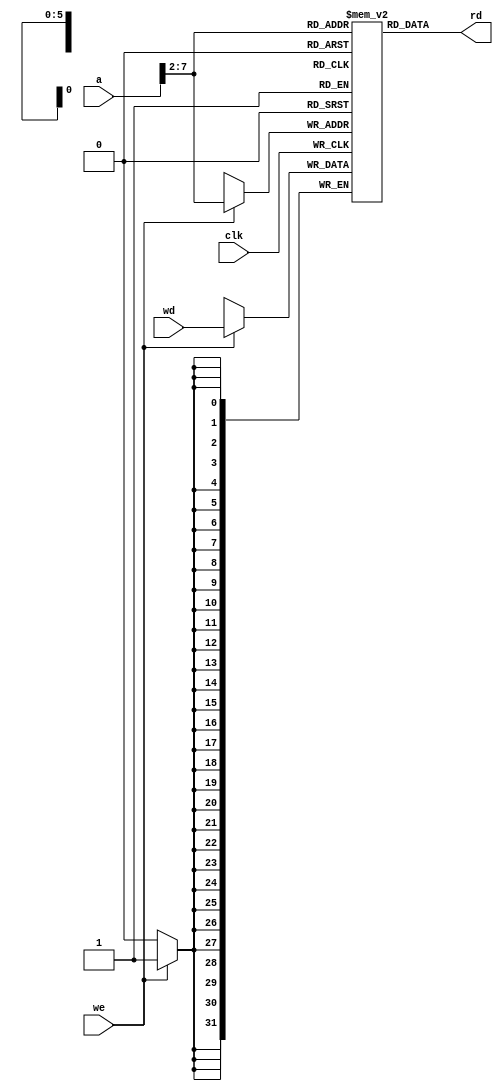
`timescale 1ns / 1ps
//////////////////////////////////////////////////////////////////////////////////
// Company: 
// Engineer: 
// 
// Design Name: 
// Module Name: datamem
// Project Name: 
// Target Devices: 
// Tool Versions: 
// Description: 
// 
// Dependencies: 
// 
// Revision:
// Revision 0.01 - File Created
// Additional Comments:
// 
//////////////////////////////////////////////////////////////////////////////////


module datamem(
    input clk, we,
    input [31:0] a, wd,
    output [31:0] rd
    );
    
reg [31:0] RAM[63:0];
assign rd = RAM[a[31:2]];

always @ (posedge clk)
  if (we)
    RAM[a[31:2]] <= wd;
endmodule